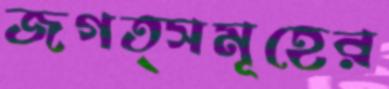
জগত্সমূহের